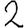
Digit: 2